Report on vaccination in the Province of Bengal - 1869-1873
Year: 1869
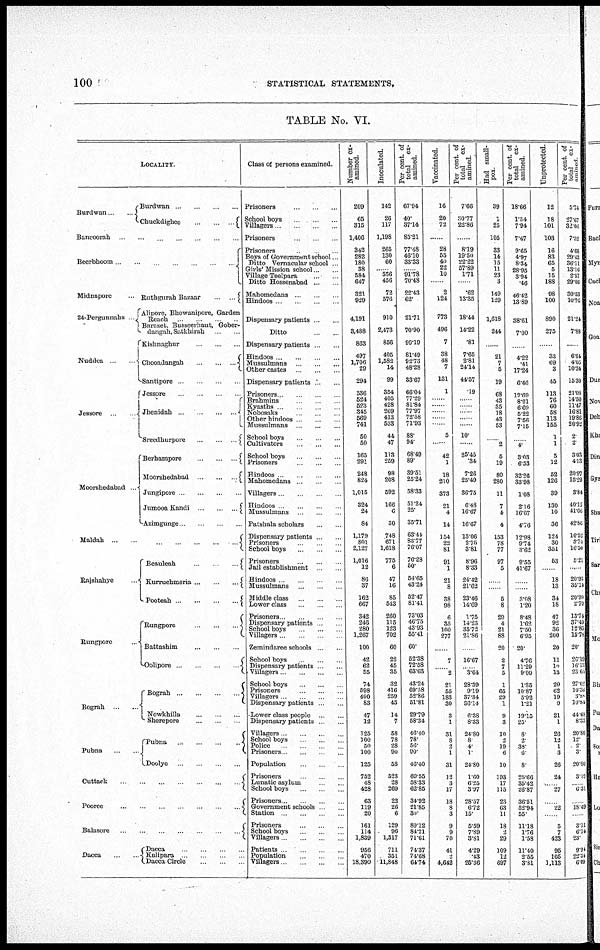
100
STATISTICAL STATEMENTS.
TABLE No. VI.
LOCALITY.
Burdwan
...
...
Burdwan ... ... ... ...
Chuckdighee
...
...
...
Bancoorah ... ... ... ... ... ...
Beerbhoom ... ... ... ... ... ...
Midnapore ...
24-Pergunnahs ...
Nuddea ... ...
Jessore ...
Moorshedabad ...
Ruthgurah Bazaar
...
...
Alipore, Bhowampore, Garden
Reach ... ... ... ...
Baraset, Busseerhaut, Gober¬
dangah, Satkhirah ... ...
Kishnaghur ... ... ...
Chooadangah
...
...
...
Santipore ... ... ... ...
Jessore ... ... ... ...
Jhenidah
...
...
...
...
Sreedhurpore
...
...
...
Berhampore
...
...
...
Moorsbedabad
...
...
...
Jungipore ... ... ... ...
Jumooa Kandi
...
...
...
Azimgunge ... ... ... ...
Maldah ... ... ... ... ... ... ... ...
Rajshahye ...
Rungpore ...
Bograh ... ...
Pubn ... ...
Beauleah
...
...
...
Kurruchmeria
...
...
...
Pooteah
...
...
...
Rungpore
...
...
...
Battashim ... ... ...
Oohpore ...
...
...
Bograh ...
...
...
...
Nowkhilla ... ... ...
Sherepore ... ... ...
Pubna
...
...
...
...
Doolye ... ... ... ...
Cuttack
...
...
...
...
...
...
...
Pooree
...
...
...
...
...
...
Balasore
...
...
...
...
...
...
...
Dacca ... ...
Dacca ... ... ... ...
Kalipara ... ... ... ...
Dacca Circle ... ... ...
Class of persons examined.
Prisoners ... ... ...
School boys ... ... ...
Villagers ... ... ... ...
Prisoners ... ... ...
Prisoners ... ... ...
Boys of Government school ...
Ditto Vernacular school ...
Girls' Mission school ... ...
Village Teelpara ... ...
Ditto Hossenabad ... ...
Mahomedans ... ... ...
Hindoos ... ... ... ...
Dispensary patients ... ...
Ditto ... ...
Dispensary patients ... ...
Hindoos ... ... ... ...
Mussulmans ... ... ...
Other castes ... ... ...
Dispensary patients ... ...
Prisoners ... ... ... ...
Brahmins ... ... ...
Kyasths ... ... ... ...
Nobosaks ... ... ...
Other hindoos ... ... ...
Mussulmans ... ... ...
School boys ... ... ...
Cultivators ... ... ...
School boys ... ... ...
Prisoners ... ... ...
Hindoos ... ... ... ...
Mahomedans ... ... ...
Villagers ... ... ... ...
Hindoos ... ... ... ...
Mussulmans ... ... ...
Patshala scholars ... ...
Dispensary patients ... ...
Prisoners ... ... ...
School boys ... ... ...
Prisoners ... ... ...
Jail establishment ... ...
Hindoos ... ... ... ...
Mussulmans ... ... ...
Middle class ... ... ...
Lower class ... ... ...
Prisoners ... ... ... ...
Dispensary patients ... ...
School boys ... ... ...
Villagers ... ... ... ...
Zemindaree schools ... ...
School boys ... ... ...
Dispensary patients ... ...
Villagers ... ... ... ...
School boys ... ... ...
Prisoners ... ... ...
Villagers ... ... ... ...
Dispensary patients ... ...
Lower class people ... ...
Dispensary patients
Villagers ... ... ... ...
School boys ... ... ...
Police ... ... ... ...
Prisoners ... ... ... ...
Population ... ... ...
Prisoners ... ... ...
Lunatic asylum ... ...
School boys ... ... ...
Prisoners ... ... ... ...
Government schools ... ...
Station ... ... ... ...
Prisoners ... ... ...
School boys ... ... ...
Villagers ... ... ... ...
Patients ... ... ... ...
Population ... ... ...
Villagers ... ... ... ...
Number ex-
amined.
209
65
315
1,406
342
282
180
38
584
647
321
929
4,191
3,488
863
497
1,706
29
294
536
524
523
345
569
741
50
50
165
291
248
824
1,015
324
24
84
1,179
801
2,127
1,016
12
86
37
162
667
342
246
280
1,267
100
42
62
55
74
598
490
83
47
12
125
100
50
100
125
752
48
428
63
119
20
161
114
1,839
956
470
18,390
Inoculated.
142
26
117
1,198
265
130
60
... 556
456
72
576
910
2,473
856
405
1,582
14
99
354
405
428
269
413
533
44
47
113
259
98
208
592
166
6
30
748
671
1,618
775
6
47
16
85
543
260
115
123
702
60
22
45
35
32
416
259
43
14
7
58
78
28
90
58
523
28
269
22
26
6
129
96
1,317
711
351
11,848
Per cent. of
total ex-
amined.
67.94
40.
37.14
85.21
77.48 46.10 33.33 ... ...
70.48
22.43
62.
21.71
70.90
90.19
81.49
92.73
48.28
33.67
66.04
77.29
81.84
77.97
72.58
71.93
88.
94.
68.49
89.
39.51
25.24
58.33
51.24
25.
35.71
63.44
83.77
76.07
76.28
50.
54.65
43.24
52.47
81.41
73.03
46.75
43.93
55.41
60.
52.38
72.58
63.63
43.24
69.58
52.86
51.81
29.79
58.34
46.40
78.
56.
90.
46.40
69.55
58.33
62.85
34.92
21.85
30.
80.12
84.21
71.61
74.37
74.68
64.74
Vaccinated.
16
20
72
...
28
55
40
22
10
...
2
124
773
496
7
38
48
7
131
1
...
...
...
...
...
5
...
42
1
18
210
373
21
4
14
154
22
81
91
1
21
8
38
98
6
35
100
277
...
7
... 2
21
55
183
30
3
1
31
8
2
1
31
12
3
17
18
8
3
9
9
70
41
2 4,642
Per cent. of
total
ex-
amined.
7.66
30.77
22.86
...
8.19
19.50
22.22
57.89
1.71
...
.62
13.35
18.44
14.22
.81
7.65
2.81
24.14
44.57
.19
...
...
...
...
...
10
...
25.45
.34
7.26
25.49
36.75
6.48
16.67
16.67
13.06
2.75
3.81
8.96
8.33
24.42
21.62
23.46
14.69
1.75
14.23
35.72
21.86
...
16.67
... 3.64
28.39
9.19
37.34
36.14
6.38
8.33
24.80
8.
4.
1.
24.80
1.60
6.25
3.97
28.57
6.72
15.
5.59
7.89
3.81
4.29
.43
25.36
Had small-
pox.
39
1
25
105
33
14
15
11
23
3
149
129
1,618
244
...
21
7
5
19
68
43
35
18
43
53
...
2
5
19
80
280
11
7
4
4
153
78
77
97
5
...
...
5
8
29
4
21
88
20
2
7
5
1
65
29
1
9
8
10
2
19
6
10
193
17
115
23
63
11
18
2
29
109
12
697
Per cent. of
total
ex-
amined.
18.66
1.54
7.94
7.47
9.65
4.97
8.34
28.95
3.94
.46
46.42
13.89
38.61
7.00
...
4.22
.4l
17.24
6.46
12.69
8.21
6.69
5.22
7.56
7.15
...
4.
3.03
6.53
32.26
33.98
1.08
2.16
16.67
4.76
12.98
9.74
3.62
9.55
41.67
...
...
3.08
1.20
8.48
1.62
7.50
6.95
20
4.76
11.29
9.09
1.35
10.87
5.92
1.21
19.15
25.
8.
2.
38.
6.
8.
25.66
35.42
26.87
36.51
52.94
55.
11.18
1.76
1.58
11.40
2.55
3.81
Unprotected.
12
18
101
103
16
83
65
5
15
188
98
100
890
275
...
33
69
3
15
113
76
60
58
113
155
1
1
5
12
52
126
39
130
10
36
124
30
351
53
...
18
13
34
18
47
92
36
200
20
11
19
13
20
62
19
9
21
1
26
12
1
3
26
24
... 27
22
5
7
423
95
105
1,113
Per cent. of
total
ex-
amined
5.74
27.67
32.05
7.32
4.68
29.43
36.11
13.16
2.57
29.06
30.53
10.76
21.24
7.88
...
6.64
4.05
10.34
15.30
21.08
14.50
11.47
16.81
19.86
20.92
2
2
3.03
4.13
20.97
15.29
3.84
40.12
41.66
42.86
10.52
3.74
16.50
5.21
...
20.93
35.14
20.99
2.70
13.74
37.40
12.85
15.78
20
26.19
16.18
24.61
27.02
10.36
3.88
10.84
44.65
8.83
20.80
12
2
3
20.80
3.19
... 6.31
18.49
3.11
6.14
23.
9.94
22.34
6.09